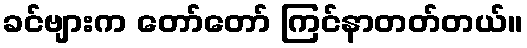
ခင်ဗျားက တော်တော် ကြင်နာတတ်တယ်။